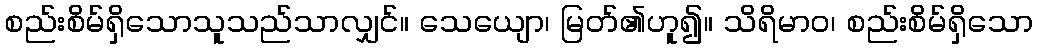
စည်းစိမ်ရှိသောသူသည်သာလျှင်။ သေယျော၊ မြတ်၏ဟူ၍။ သိရိမာဝ၊ စည်းစိမ်ရှိသော